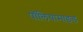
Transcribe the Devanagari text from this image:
पॉलियामाइड